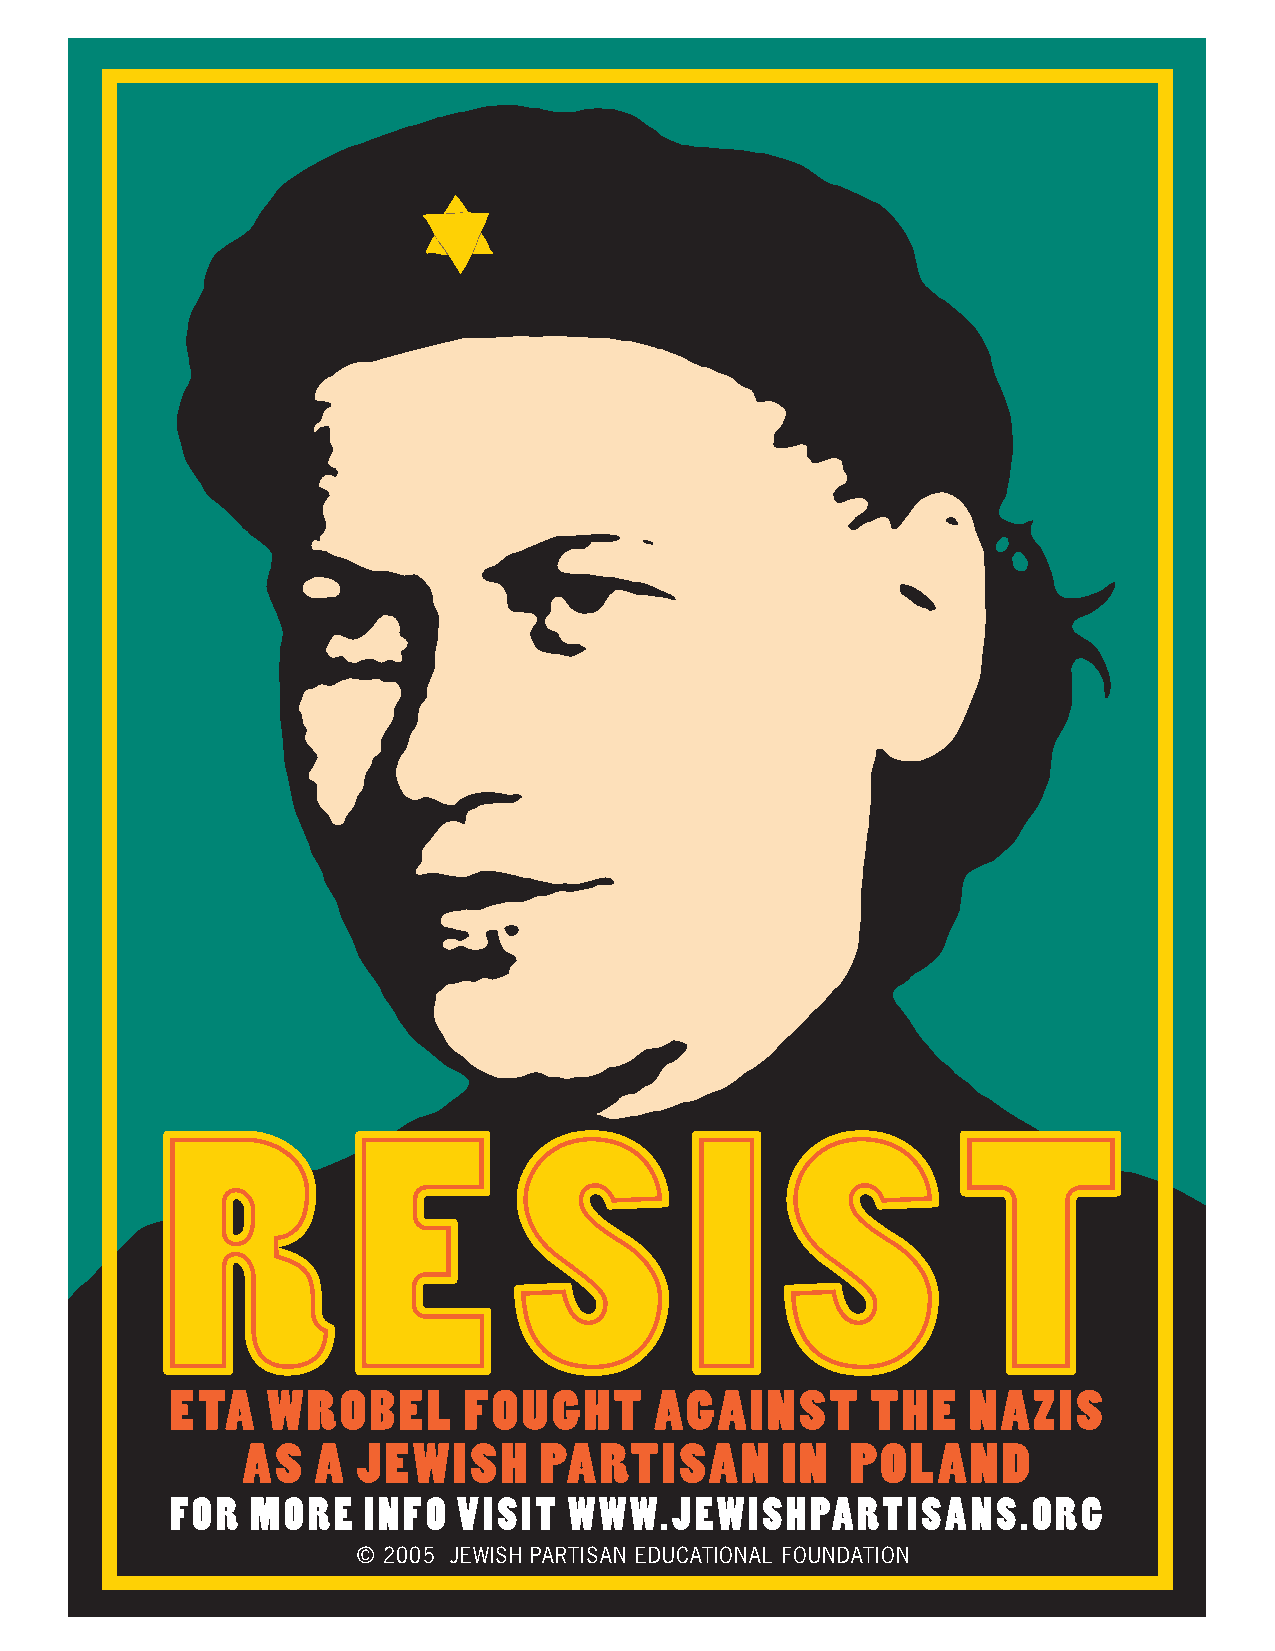
R            E          S          I      S          T
 ETA    WROBEL       FOUGHT      AGAINST        THE   NAZIS
 AS   A  JEWISH      PARTISAN        IN  POLAND
 FOR   MORE   INFO  VISIT   WWW.JEWISHPARTISANS.ORG
 © 2005 JEWISH PARTISAN EDUCATIONAL FOUNDATION